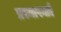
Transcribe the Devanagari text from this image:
प्रस्थापनाएँ